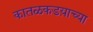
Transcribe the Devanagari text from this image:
कातळकडय़ाच्या